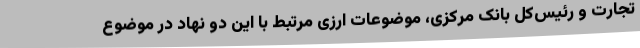
تجارت و رئیس‌کل بانک مرکزی، موضوعات ارزی مرتبط با این دو نهاد در موضوع